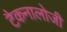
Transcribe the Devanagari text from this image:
टैकनालोजी